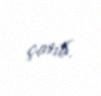
çatıb.